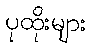
ပုထိုးများ